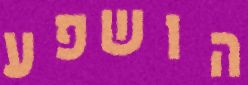
הושפע